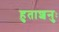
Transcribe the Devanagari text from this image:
हुताशनुः